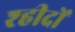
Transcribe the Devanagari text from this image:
श्हीदों